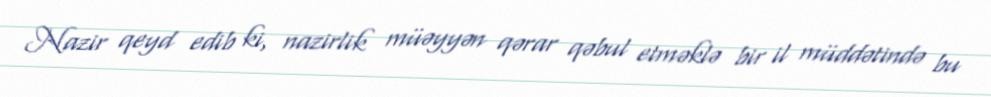
Nazir qeyd edib ki, nazirlik müəyyən qərar qəbul etməklə bir il müddətində bu